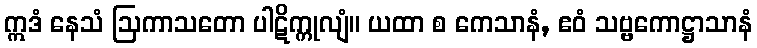
ဣဒံ နေသံ ဩကာသတော ပါဋိက္ကုလျံ။ ယထာ စ ကေသာနံ, ဧဝံ သဗ္ဗကောဋ္ဌာသာနံ